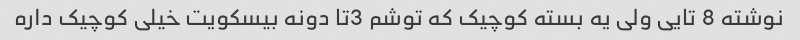
نوشته 8 تایی ولی یه بسته کوچیک که توشم 3تا دونه بیسکویت خیلی کوچیک داره